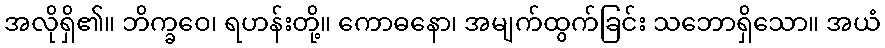
အလိုရှိ၏။ ဘိက္ခဝေ၊ ရဟန်းတို့။ ကောဓနော၊ အမျက်ထွက်ခြင်း သဘောရှိသော။ အယံ